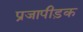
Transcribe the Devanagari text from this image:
प्रजापीड़क